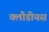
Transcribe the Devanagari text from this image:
क्लौडीयस